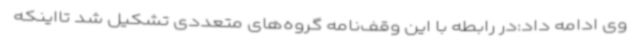
وی ادامه داد:در رابطه با این وقف‌نامه گروه‌های متعددی تشکیل شد تااینکه